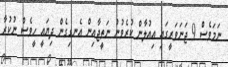
ނަމަވެސް 9 ޖަނަވަރީގައި އިއުލާން ކުރެވުނު ނަތީޖާއިން އެނގިގެން ދިޔައީ ހީވެސް ނުކުރާ